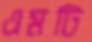
এমটি